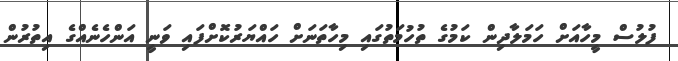
ފުލުސް މީހާއަށް ހަމަލާދިން ކަމުގެ ތުހުމަތުގައި މިހާތަނަށް ހައްޔަރުކޮށްފައި ވަނީ އަންހެނެއްގެ އިތުރުން